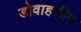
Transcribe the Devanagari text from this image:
डोवाहकीन